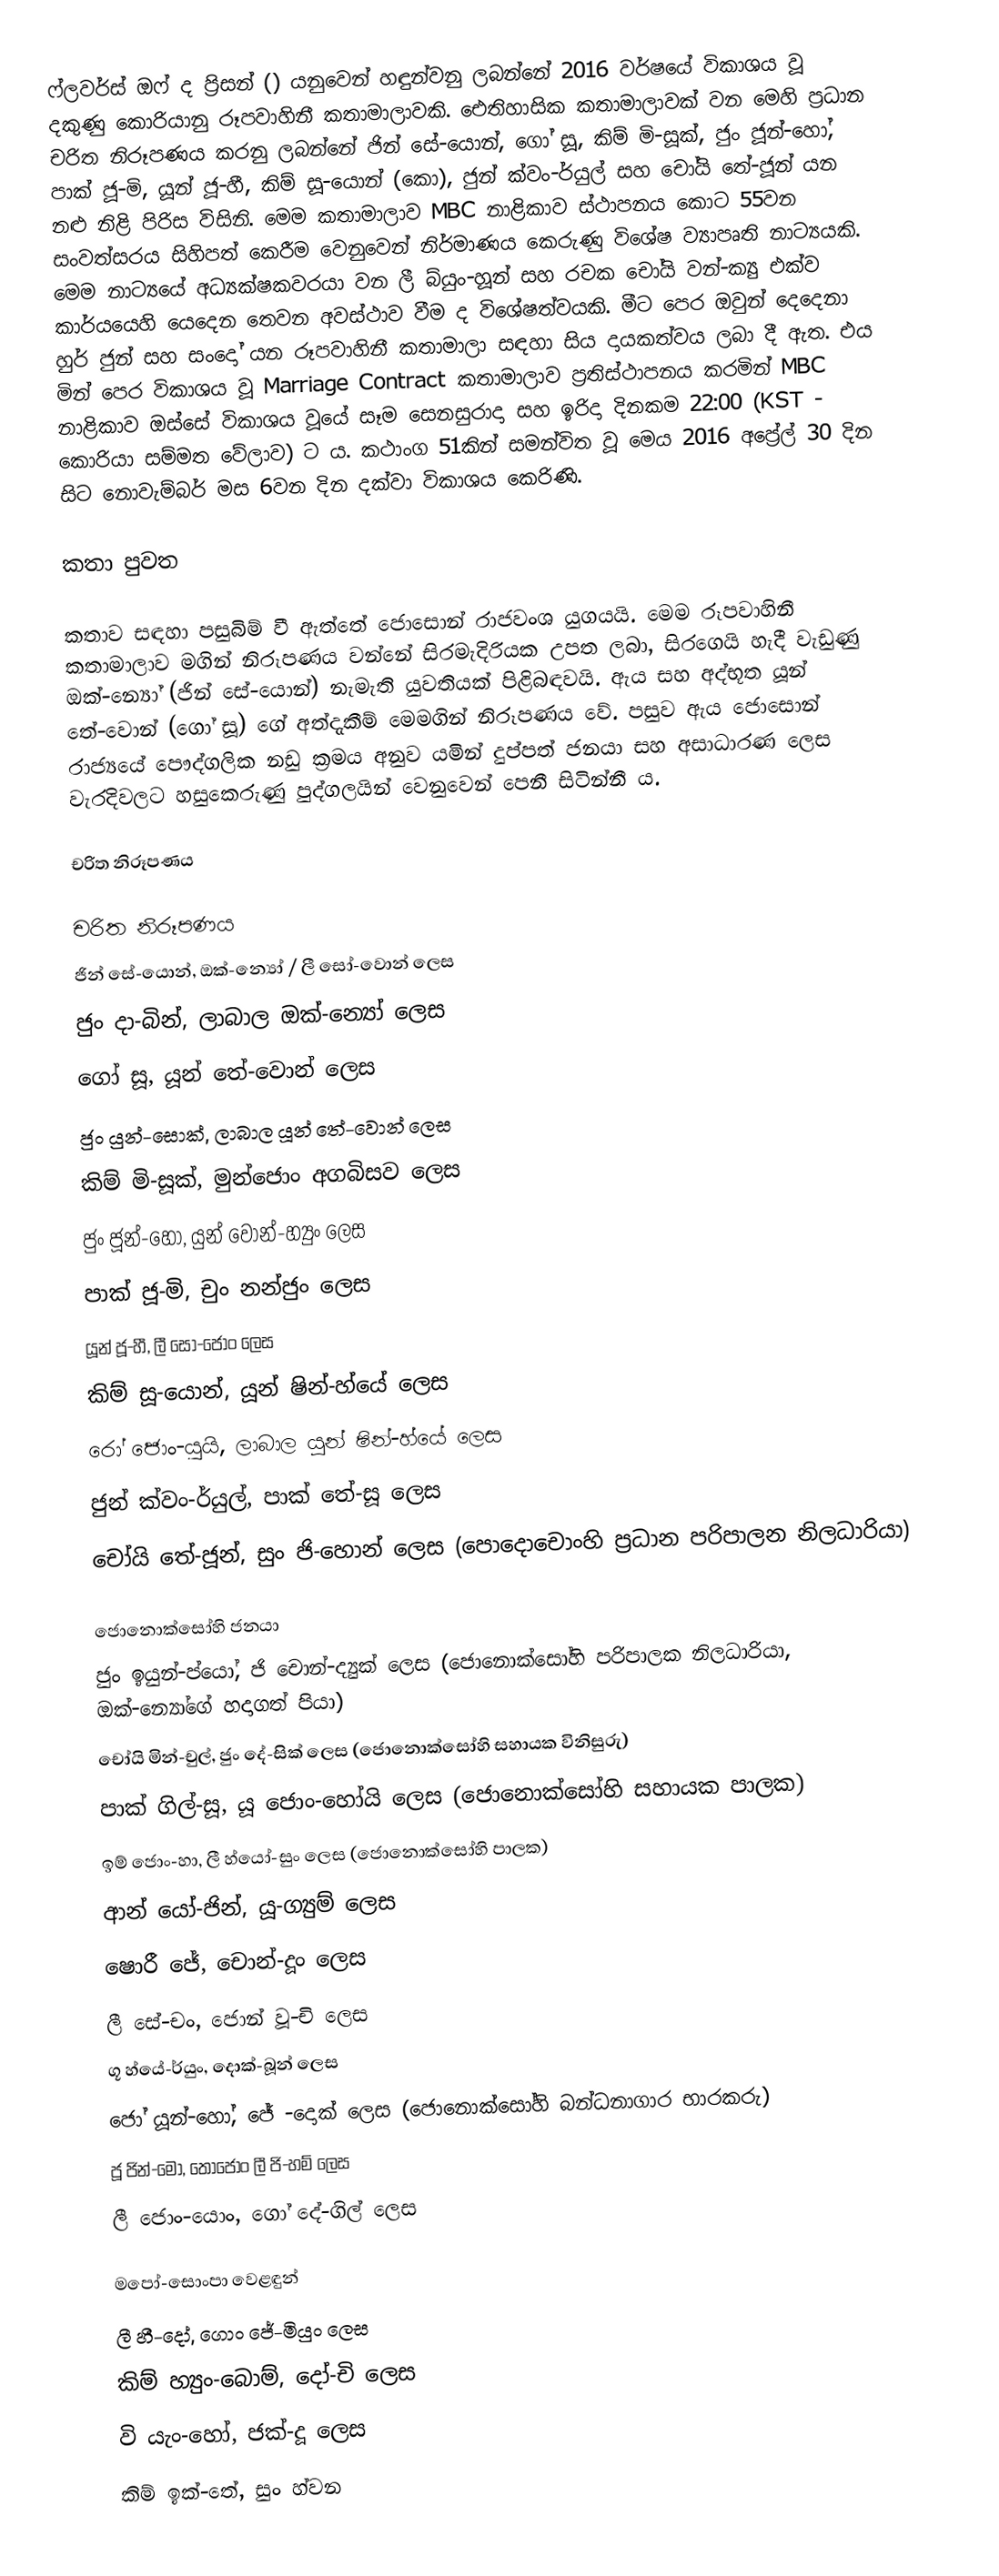
ෆ්ලවර්ස් ඔෆ් ද ප්‍රිසන් () යනුවෙන් හඳුන්වනු ලබන්නේ 2016 වර්ෂයේ විකාශය වූ දකුණු කොරියානු රූපවාහිනී කතාමාලාවකි. ඓතිහාසික කතාමාලාවක් වන මෙහි ප්‍රධාන චරිත නිරූපණය කරනු ලබන්නේ ජින් සේ-යොන්, ගෝ සූ, කිම් මි-සූක්, ජුං ජූන්-හෝ, පාක් ජූ-මි, යූන් ජූ-හී, කිම් සූ-යොන් (කො), ජුන් ක්වං-ර්යුල් සහ චෝයි තේ-ජූන් යන නළු නිළි පිරිස විසිනි. මෙම කතාමාලාව MBC නාළිකාව ස්ථාපනය කොට 55වන සංවත්සරය සිහිපත් කෙරීම වෙනුවෙන් නිර්මාණය කෙරුණු විශේෂ ව්‍යාපෘති නාට්‍යයකි. මෙම නාට්‍යයේ අධ්‍යක්ෂකවරයා වන ලී බ්යුං-හූන් සහ රචක චෝයි වන්-ක්‍යු එක්ව කාර්යයෙහි යෙදෙන තෙවන අවස්ථාව වීම ද විශේෂත්වයකි. මීට පෙර ඔවුන් දෙදෙනා හුර් ජුන් සහ සංදෝ යන රූපවාහිනී කතාමාලා සඳහා සිය දායකත්වය ලබා දී ඇත. එය මින් පෙර විකාශය වූ Marriage Contract කතාමාලාව ප්‍රතිස්ථාපනය කරමින් MBC නාළිකාව ඔස්සේ විකාශය වූයේ සෑම සෙනසුරාදා සහ ඉරිදා දිනකම 22:00 (KST - කොරියා සම්මත ‍වේලාව) ට ය. කථාංග 51කින් සමන්විත වූ මෙය 2016 අප්‍රේල් 30 දින සිට නොවැම්බර් මස 6වන දින දක්වා විකාශය කෙරිණි.

කතා පුවත

කතාව සඳහා පසුබිම් වී ඇත්තේ ජොසොන් රාජවංශ යුගයයි. මෙම රූපවාහිනී කතාමාලාව මගින් නිරූපණය වන්නේ සිරමැදිරියක උපත ලබා, සිරගෙයි හැදී වැඩුණු ඔක්-න්‍යෝ (ජින් සේ-යොන්) නැමැති යුවතියක් පිළිබඳවයි. ඇය සහ අද්භූත යූන් තේ-වොන් (ගෝ සූ) ගේ අත්දැකීම් මෙමගින් නිරූපණය වේ. පසුව ඇය ජොසොන් රාජ්‍ය‍යේ පෞද්ගලික නඩු ක්‍රමය අනුව යමින් දුප්පත් ජනයා සහ අසාධාරණ ලෙස වැරදිවලට හසුකෙරුණු පුද්ගලයින් වෙනු‍වෙන් පෙනී සිටින්නී ය.

චරිත නිරූපණය

චරිත නිරූපණය
 ජින් සේ-යොන්, ඔක්-න්‍යෝ / ලී සෝ-වොන් ලෙස
 ජුං දා-බින්, ලාබාල ඔක්-න්‍යෝ ලෙස
 ගෝ සූ, යූන් තේ-වොන් ලෙස
 ජුං යුන්-සොක්, ලාබාල යූන් තේ-වොන් ලෙස
 කිම් මි-සූක්, මුන්ජොං අගබිසව ලෙස
 ජුං ජූන්-හෝ, යුන් වොන්-හ්‍යුං ලෙස
 පාක් ජූ-මි, චුං නන්ජුං ලෙස
 යූන් ජූ-හී, ලී සෝ-ජොං ලෙස
 කිම් සූ-යොන්, යූන් ෂින්-හ්යේ ලෙස
 රෝ ජොං-යුයි, ලාබාල යූන් ෂින්-හ්යේ ලෙස
 ජුන් ක්වං-ර්යුල්, පාක් තේ-සූ ලෙස
 චෝයි තේ-ජූන්, සුං ජි-හොන් ලෙස (පොදොචොංහි ප්‍රධාන පරිපාලන නිලධාරියා)

ජොනොක්සෝහි ජනයා
 ජුං ඉයුන්-ප්යෝ, ජි චොන්-ද්‍යුක් ලෙස (ජොනොක්සෝහි පරිපාලක නිලධාරියා, ඔක්-න්‍යෝගේ හදාගත් පියා)
 චෝයි මින්-චුල්, ජුං දේ-සික් ලෙස (ජොනොක්සෝහි සහායක විනිසුරු)
 පාක් ගිල්-සූ, යූ ජොං-හෝයි ලෙස (ජොනොක්සෝහි සහායක පාලක)
 ඉම් ජොං-හා, ලී හ්යෝ-සුං ලෙස (ජොනොක්සෝහි පාලක)
 ආන් යෝ-ජින්, යූ-ග්‍යුම් ලෙස
 ෂොරී ජේ, චොන්-දූං ලෙස
 ලී සේ-චං, ජොන් වූ-චි ලෙස
 ගූ හ්යේ-ර්යුං, දොක්-බූන් ලෙස
 ජෝ යූන්-හෝ, ජේ -දොක් ලෙස (ජොනොක්සෝහි බන්ධනාගාර භාරකරු)
 ජූ ජින්-මෝ, තෝජොං ලී ජි-හම් ලෙස
 ලී ජොං-යොං, ගෝ දේ-ගිල් ලෙස

මපෝ-සොංපා වෙළඳුන්
 ලී හී-දෝ, ගොං ජේ-මියුං ලෙස
 කිම් හ්‍යුං-බොම්, දෝ-චි ලෙස
 වි යැං-හෝ, ජක්-දූ ලෙස
 කිම් ඉක්-තේ, සුං හ්වන